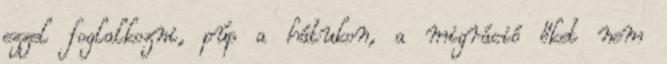
ezzel foglalkozni, púp a hátukon, a migráció őket nem